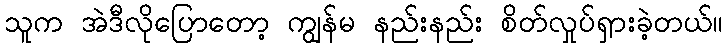
သူက အဲဒီလိုပြောတော့ ကျွန်မ နည်းနည်း စိတ်လှုပ်ရှားခဲ့တယ်။